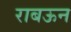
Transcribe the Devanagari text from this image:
राबऊन